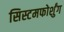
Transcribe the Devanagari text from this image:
सिस्टमफोर्शुंग